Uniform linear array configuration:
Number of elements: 12
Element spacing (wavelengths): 0.75
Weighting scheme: uniform
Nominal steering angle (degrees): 60
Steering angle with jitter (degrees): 59.734
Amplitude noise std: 0.05
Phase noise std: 0.05

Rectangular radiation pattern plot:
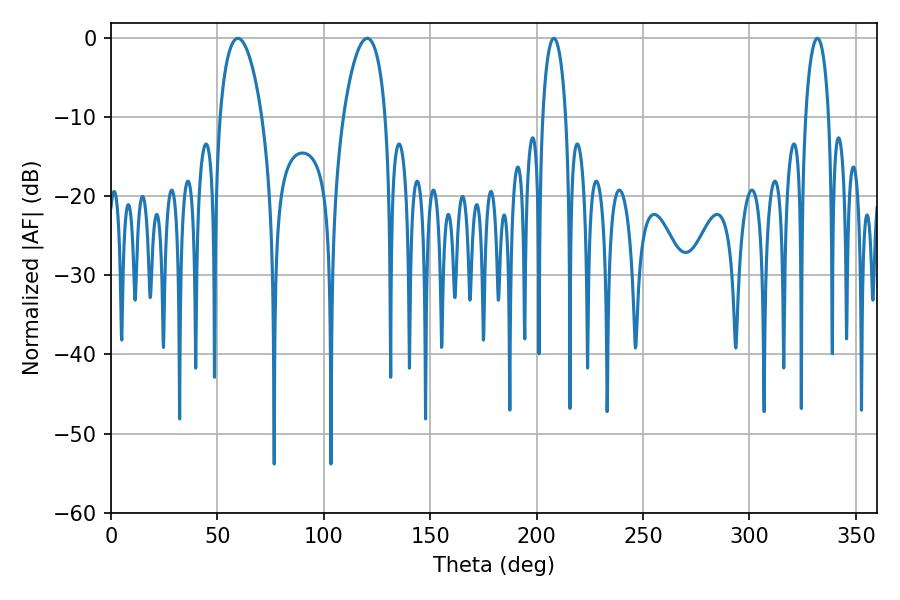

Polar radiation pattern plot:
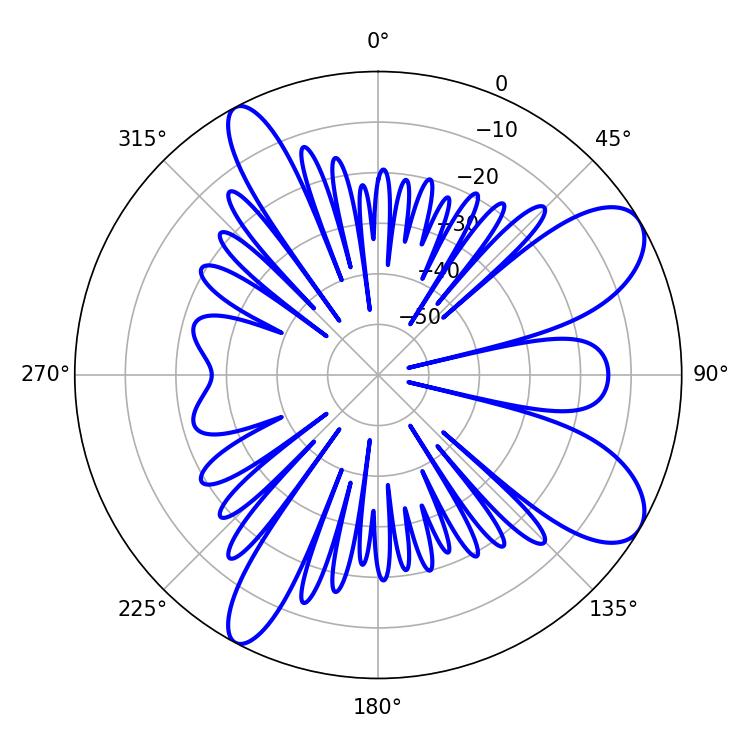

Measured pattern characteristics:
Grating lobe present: TRUE
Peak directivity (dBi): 9.006
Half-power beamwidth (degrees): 6.3
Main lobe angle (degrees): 208.08